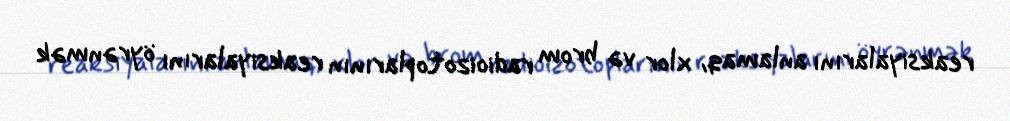
reaksiyalarını anlamaq, xlor və brom radioizotoplarının reaksiyalarını öyrənmək